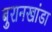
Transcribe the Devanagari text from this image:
बुरानखांडा